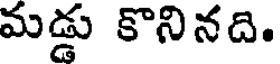
మడ్డు కొనినది.